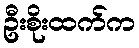
ဦးစိုးထက်က